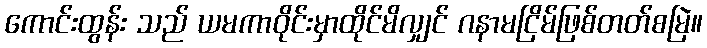
ကောင်းထွန်း သည် ယမကာဝိုင်းမှာထိုင်မိလျှင် ဂနာမငြိမ်ဖြစ်တတ်စမြဲ။